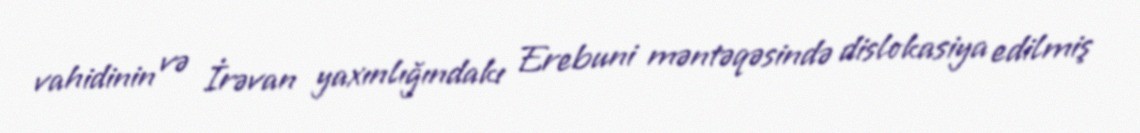
vahidinin və İrəvan yaxınlığındakı Erebuni məntəqəsində dislokasiya edilmiş